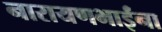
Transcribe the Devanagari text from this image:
नारायणभाईंना